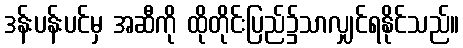
ဒန်းပန်းပင်မှ အဆီကို ထိုတိုင်းပြည်၌သာလျှင်ရနိုင်သည်။